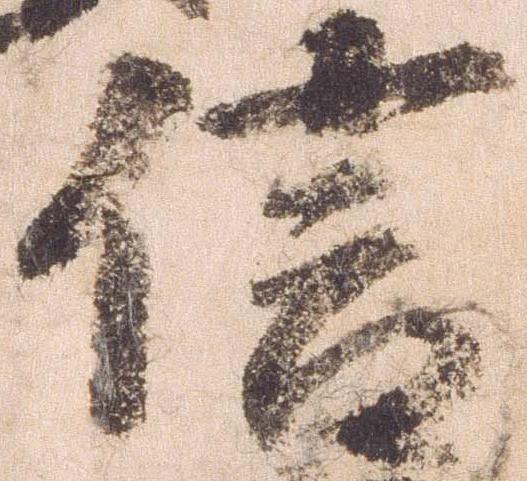
信